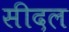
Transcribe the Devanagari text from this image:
सीदल